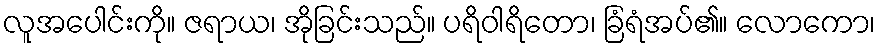
လူအပေါင်းကို။ ဇရာယ၊ အိုခြင်းသည်။ ပရိဝါရိတော၊ ခြံရံအပ်၏။ လောကော၊